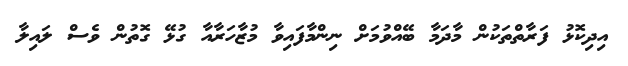
އިދިކޮޅު ފަރާތްތަކުން މާދަމާ ބޭއްވުމަށް ނިންމާފައިވާ މުޒާހަރާއާ ގުޅޭ ގޮތުން ވެސް ލައިލާ